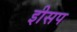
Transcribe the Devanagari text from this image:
इीसप